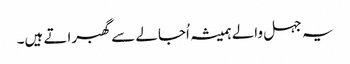
یہ جہل والے ہمیشہ اُجالے سے گھبراتے ہیں۔